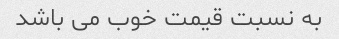
به نسبت قیمت خوب می باشد